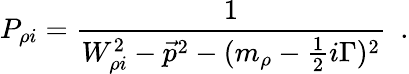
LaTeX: P_{\rho i}={\frac{1}{W_{\rho i}^{2}-{\vec{p}}^{2}-(m_{\rho}-{\frac{1}{2}}i\Gamma)^{2}}}~~.